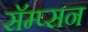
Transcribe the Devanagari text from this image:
सॅम्प्सन